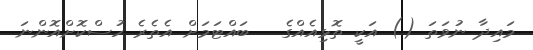
މައިދާ ނުވަތަ () އަކީ ތޮޅިއެއްގެ   ބައްޓަމަށް އެތެރެ ހުސްކޮށްއޮންނަ